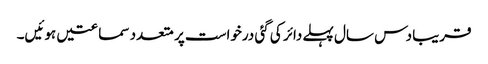
قریبا دس سال پہلے دائر کی گئی درخواست پر متعدد سماعتیں ہوئیں۔